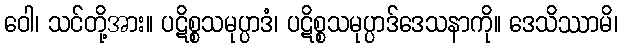
ဝေါ၊ သင်တို့အား။ ပဋိစ္စသမုပ္ပာဒံ၊ ပဋိစ္စသမုပ္ပာဒ်ဒေသနာကို။ ဒေသိဿာမိ၊